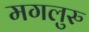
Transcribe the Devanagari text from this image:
मगलुरु